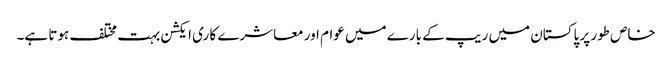
خاص طور پر پاکستان میں ریپ کے بارے میں عوام اور معاشرے کا ری ایکشن بہت مختلف ہوتا ہے۔